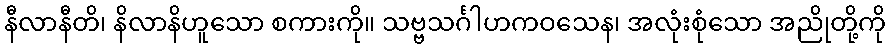
နီလာနီတိ၊ နိလာနိဟူသော စကားကို။ သဗ္ဗသင်္ဂါဟကဝသေန၊ အလုံးစုံသော အညိုတို့ကို